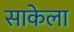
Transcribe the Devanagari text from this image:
साकेला